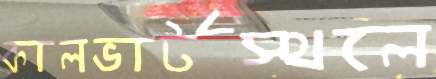
কালভার্টস্থলে